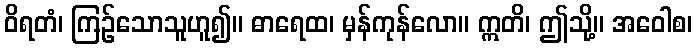
ဝိရတံ၊ ကြဉ်သောသူဟူ၍။ ဓာရေထ၊ မှန်ကုန်လော။ ဣတိ၊ ဤသို့။ အဝေါစ၊